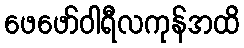
ဖေဖော်ဝါရီလကုန်အထိ